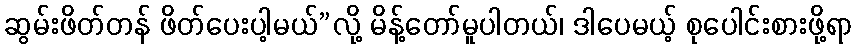
ဆွမ်းဖိတ်တန် ဖိတ်ပေးပါ့မယ်”လို့ မိန့်တော်မူပါတယ်၊ ဒါပေမယ့် စုပေါင်းစားဖို့ရာ